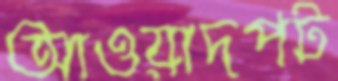
আওয়াদপট